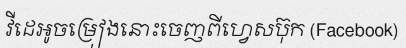
វីដេអូចម្រៀងនោះចេញពីហ្វេសប៊ុក (Facebook)